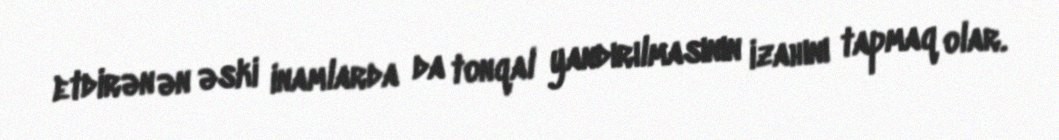
etdirən ən əski inamlarda da tonqal yandırılmasının izahını tapmaq olar.